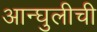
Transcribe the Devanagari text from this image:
आन्घुलीची